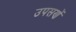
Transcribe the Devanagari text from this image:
उपसणें